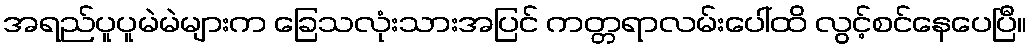
အရည်ပူပူမဲမဲများက ခြေသလုံးသားအပြင် ကတ္တရာလမ်းပေါ်ထိ လွင့်စင်နေပေပြီ။